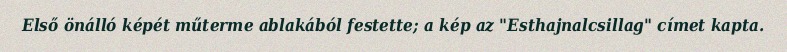
Első önálló képét műterme ablakából festette; a kép az "Esthajnalcsillag" címet kapta.